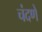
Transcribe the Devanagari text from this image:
चंदणे